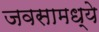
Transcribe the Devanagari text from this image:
जवसामध्ये